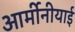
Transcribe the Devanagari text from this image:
आर्मीनीयाई